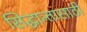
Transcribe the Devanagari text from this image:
सिद्धान्तासाठी